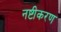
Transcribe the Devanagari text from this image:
नष्टीकरण